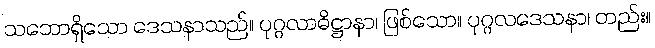
သဘောရှိသော ဒေသနာသည်။ ပုဂ္ဂလာဓိဋ္ဌာနာ၊ ဖြစ်သော။ ပုဂ္ဂလဒေသနာ၊ တည်း။